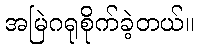
အမြဲဂရုစိုက်ခဲ့တယ်။